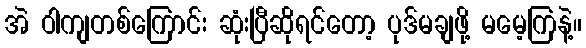
အဲ ဝါကျတစ်ကြောင်း ဆုံးပြီဆိုရင်တော့ ပုဒ်မချဖို့ မမေ့ကြနဲ့။